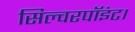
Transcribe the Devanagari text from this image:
सिल्वरपॉइंट।